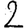
Digit: 2